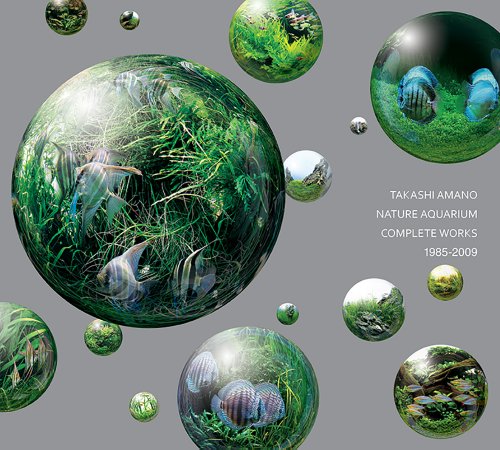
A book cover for Nature Aquarium: Complete Works 1985-2009; Takashi Amano; Crafts, Hobbies & Home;